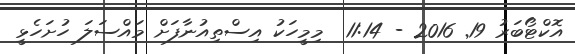
އޮކްޓޯބަރު 19